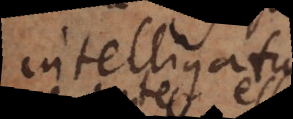
intelligatu